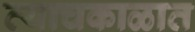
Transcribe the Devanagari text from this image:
त्याचकाळात